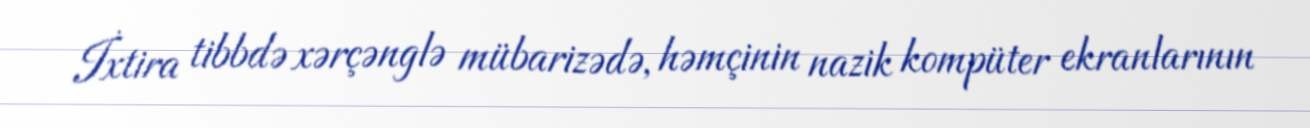
İxtira tibbdə xərçənglə mübarizədə, həmçinin nazik kompüter ekranlarının